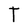
Character: t